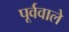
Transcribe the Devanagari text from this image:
पूर्ववाले